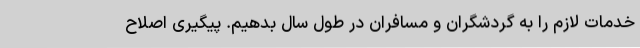
خدمات لازم را به گردشگران و مسافران در طول سال بدهیم. پیگیری اصلاح